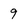
Character: 9